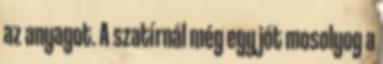
az anyagot. A szatírnál még egy jót mosolyog a